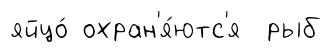
яйцо́ охран'я́ютс'я рыб